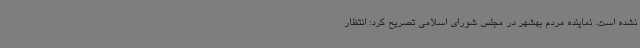
نشده است. نماینده مردم بهشهر در مجلس شورای اسلامی تصریح کرد: انتظار